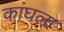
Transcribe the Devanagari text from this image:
कांघला